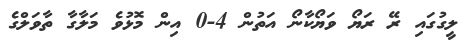
ލީގުގައި ރޭ ރަޔޯ ވަޔޯކާނޯ އަތުން 4-0 އިން މޮޅުވެ މަލާގާ ތާވަލްގެ